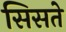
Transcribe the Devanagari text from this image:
सिसते